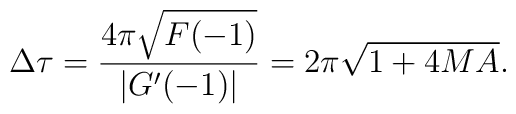
\Delta \tau= {4\pi \sqrt{F(-1)}\over |G'(-1)|}= 2\pi \sqrt{1+4MA}.